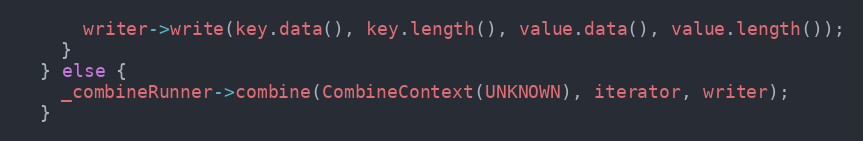
Language: C++
      writer->write(key.data(), key.length(), value.data(), value.length());
    }
  } else {
    _combineRunner->combine(CombineContext(UNKNOWN), iterator, writer);
  }